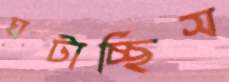
ঘটাচ্ছিস